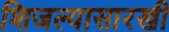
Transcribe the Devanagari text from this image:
शिजल्यासारखी